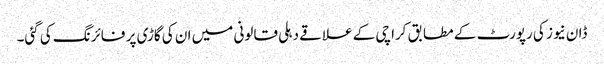
ڈان نیوز کی رپورٹ کے مطابق کراچی کے علاقے دہلی قالونی میں ان کی گاڑی پر فائرنگ کی گئی۔